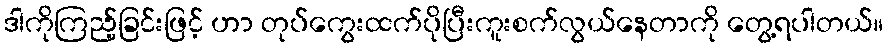
ဒါကိုကြည့်ခြင်းဖြင့် ဟာ တုပ်ကွေးထက်ပိုပြီးကူးစက်လွယ်နေတာကို တွေ့ရပါတယ်။